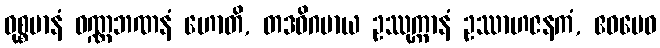
ဝုစ္စမာနံ ဝဏ္ဏဘဏနံ ဟောတိ, တဒဓိဂမာယ ဥဿုက္ကာနံ ဥဿာဟဇနကံ, ဧဝမေဝ